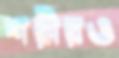
শরীরও